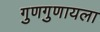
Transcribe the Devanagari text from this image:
गुणगुणायला